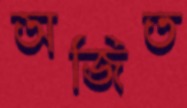
অজিত